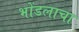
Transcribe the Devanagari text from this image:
भोंडलाचा